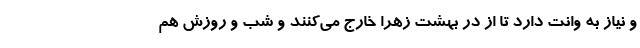
و نیاز به وانت دارد تا از در بهشت زهرا خارج می‌کنند و شب و روزش هم